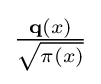
{\textstyle {\frac {\mathbf {q} (x)}{\sqrt {\pi (x)}}}}